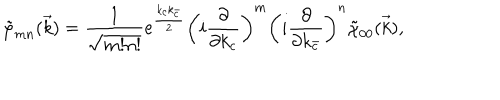
\tilde { \varphi } _ { m n } ( \vec { k } ) = \frac { 1 } { \sqrt { m ! n ! } } e ^ { \frac { k _ { c } k _ { \bar { c } } } { 2 } } \left( i \frac { \partial } { \partial k _ { c } } \right) ^ { m } \left( i \frac { \partial } { \partial k _ { \bar { c } } } \right) ^ { n } \tilde { \chi } _ { 0 0 } ( \vec { k } ) ,